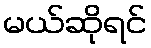
မယ်ဆိုရင်